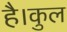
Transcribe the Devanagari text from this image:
है।कुल